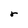
Character: r